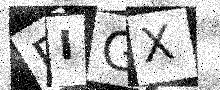
Text: BIGX